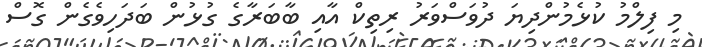
މި ފިލްމު ކުޅެމުންދިޔަ ދުވަސްވަރު ރިތިކް އާއި ބާބަރާގެ ގުޅުން ބަދަހިވެގެން ގޮސް